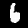
Digit: 6